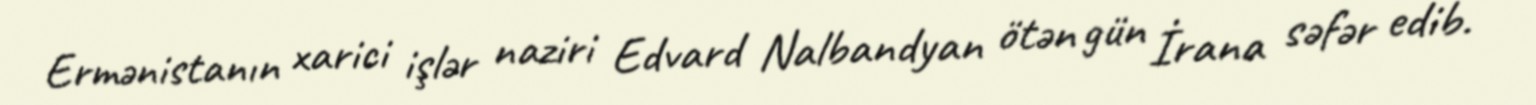
Ermənistanın xarici işlər naziri Edvard Nalbandyan ötən gün İrana səfər edib.